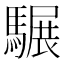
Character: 𩥇